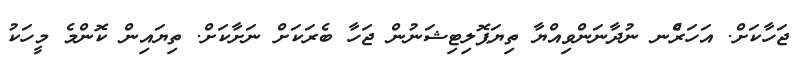
ޖަހާކަށް. އަހަރެްނ ނުދާނަންވިއްޔާ ތިޔަޕޮލިޓިޝަނުން ޖަހާ ބެރަކަށް ނަށާކަށް. ތިޔައިން ކޮންމެ މީހަކު